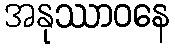
အနုဿာဝနေ